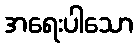
အရေးပါသော